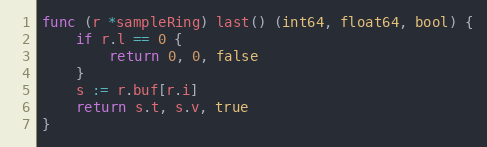
Language: Go
func (r *sampleRing) last() (int64, float64, bool) {
	if r.l == 0 {
		return 0, 0, false
	}
	s := r.buf[r.i]
	return s.t, s.v, true
}